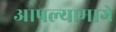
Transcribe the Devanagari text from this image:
आपल्यामागे